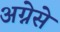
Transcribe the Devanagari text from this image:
अग्नेसे